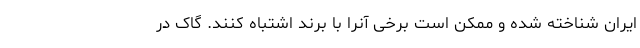
ایران شناخته شده و ممکن است برخی آنرا با برند اشتباه کنند. گاک در